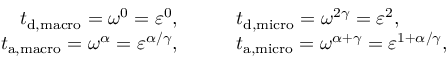
\begin{array} { r l } { { t } _ { \tiny { \mathrm { d , m a c r o } } } = \omega ^ { 0 } = \varepsilon ^ { 0 } , \qquad } & { { t } _ { \tiny { \mathrm { d , m i c r o } } } = \omega ^ { 2 \gamma } = \varepsilon ^ { 2 } , } \\ { { t } _ { \tiny { \mathrm { a , m a c r o } } } = \omega ^ { \alpha } = \varepsilon ^ { \alpha / \gamma } , \qquad } & { { t } _ { \tiny { \mathrm { a , m i c r o } } } = \omega ^ { \alpha + \gamma } = \varepsilon ^ { 1 + \alpha / \gamma } , } \end{array}